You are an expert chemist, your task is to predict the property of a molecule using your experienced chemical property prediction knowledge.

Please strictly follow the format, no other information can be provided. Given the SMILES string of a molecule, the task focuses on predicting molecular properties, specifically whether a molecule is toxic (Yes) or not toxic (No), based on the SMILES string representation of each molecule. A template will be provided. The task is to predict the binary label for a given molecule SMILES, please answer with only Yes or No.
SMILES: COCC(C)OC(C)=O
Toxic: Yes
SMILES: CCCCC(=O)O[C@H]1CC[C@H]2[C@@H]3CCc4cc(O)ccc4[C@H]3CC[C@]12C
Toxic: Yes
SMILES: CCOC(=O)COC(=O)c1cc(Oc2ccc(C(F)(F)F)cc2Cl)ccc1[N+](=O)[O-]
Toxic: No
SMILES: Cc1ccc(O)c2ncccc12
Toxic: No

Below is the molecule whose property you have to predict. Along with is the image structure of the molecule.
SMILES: O=C(N[C@@H]1N=C(c2ccccc2F)c2cccc3c2N(CC3)C1=O)c1cc2ccccc2[nH]1
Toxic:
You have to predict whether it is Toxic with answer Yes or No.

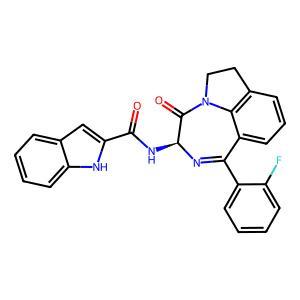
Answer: No